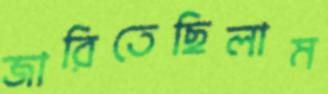
জারিতেছিলাম